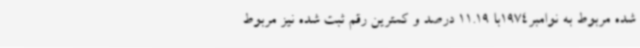
شده مربوط به نوامبر1974با 11.19 درصد و کمترین رقم ثبت شده نیز مربوط